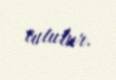
tutulur.